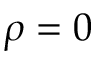
\rho = 0